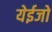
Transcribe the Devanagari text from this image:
येईजो